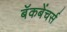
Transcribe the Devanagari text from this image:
बॅकबेंचर्स